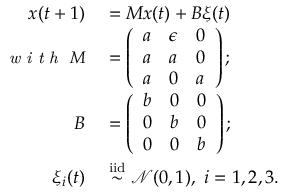
\begin{array} { r l } { \boldsymbol { x } ( t + 1 ) } & { { } = \boldsymbol { M } \boldsymbol { x } ( t ) + \boldsymbol { B } \boldsymbol { \xi } ( t ) } \\ { \small { \textit { w i t h } } ~ \boldsymbol { M } } & { { } = \left( \begin{array} { l l l } { a } & { \epsilon } & { 0 } \\ { a } & { a } & { 0 } \\ { a } & { 0 } & { a } \end{array} \right) ; } \\ { \boldsymbol { B } } & { { } = \left( \begin{array} { l l l } { b } & { 0 } & { 0 } \\ { 0 } & { b } & { 0 } \\ { 0 } & { 0 } & { b } \end{array} \right) ; } \\ { \xi _ { i } ( t ) } & { { } \overset { \mathrm { i i d } } { \sim } \mathcal { N } ( 0 , 1 ) , ~ i = 1 , 2 , 3 . } \end{array}